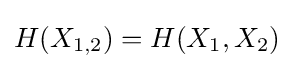
H(X_{1,2})=H(X_{1},X_{2})